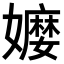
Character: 𡣥